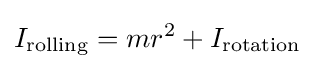
I_{\text{rolling}}=mr^{2}+I_{\text{rotation}}